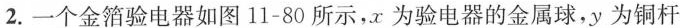
2.一个金箔验电器如图11-80所示，x为验电器的金属球，y为铜杆